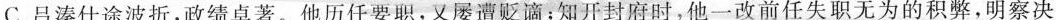
C.吕溱仕途波折，政绩卓著。他历任要职，又屡遭贬谪；知开封府时，他一改前任失职无为的积弊，明察决